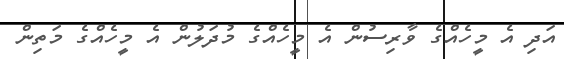
އަދި އެ މީހެއްގެ ވާރިސުން އެ މީހެއްގެ މުދަލުން އެ މީހެއްގެ މަތިން